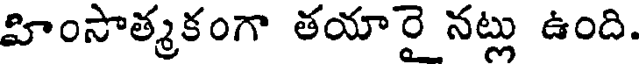
హింసాత్మకంగా తయారై నట్లు ఉంది.